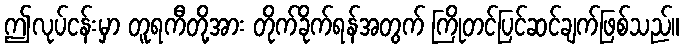
ဤလုပ်ငန်းမှာ တူရကီတို့အား တိုက်ခိုက်ရန်အတွက် ကြိုတင်ပြင်ဆင်ချက်ဖြစ်သည်။